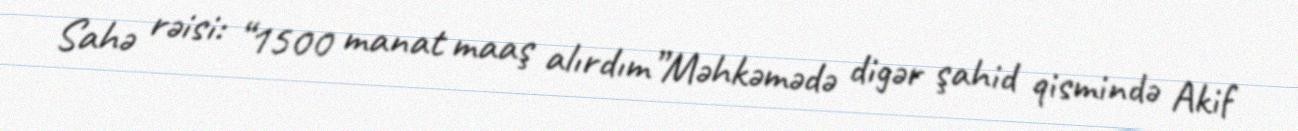
Sahə rəisi: “1500 manat maaş alırdım”Məhkəmədə digər şahid qismində Akif